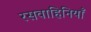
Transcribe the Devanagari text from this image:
रसवाहिनियाँ